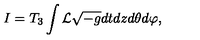
I = T _ { 3 } \int { \cal L } \sqrt { - g } d t d z d \theta d \varphi ,